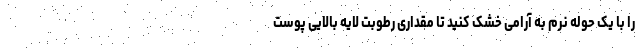
را با یک حوله نرم به آرامی خشک کنید تا مقداری رطوبت لایه بالایی پوست